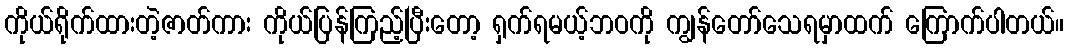
ကိုယ်ရိုက်ထားတဲ့ဇာတ်ကား ကိုယ်ပြန်ကြည့်ပြီးတော့ ရှက်ရမယ့်ဘဝကို ကျွန်တော်သေရမှာထက် ကြောက်ပါတယ်။